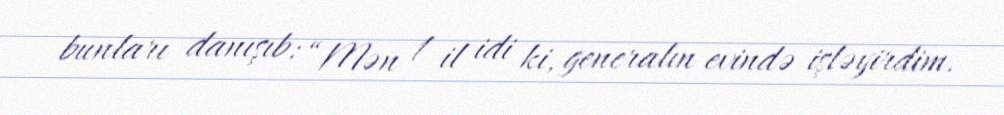
bunları danışıb: “Mən 1 il idi ki, generalın evində işləyirdim.